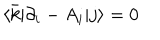
\langle { \bar { k } } | \partial _ { i } - A _ { i } | j \rangle = 0